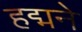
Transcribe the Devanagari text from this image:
हद्मने